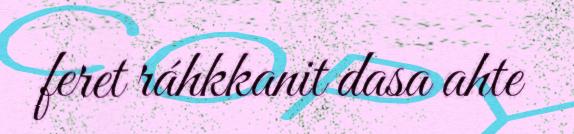
feret ráhkkanit dasa ahte